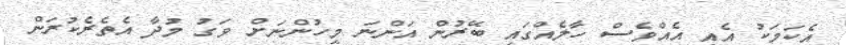
އެކަމަކު އެއީ އެއްވެސް ހާލެއްގައި ބޭރުން އަންނަ މީހުންނަށް ވަގު މުދާ އެތެރެކުރަން